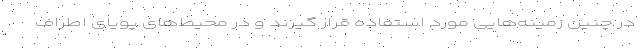
در چنین زمینه‌هایی مورد استفاده قرار گیرند و در محیط‌های پویای اطراف